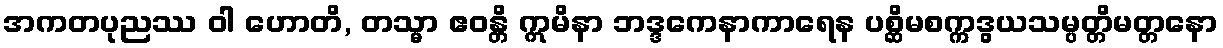
အကတပုညဿ ဝါ ဟောတိ, တသ္မာ ဧဝန္တိ ဣမိနာ ဘဒ္ဒကေနာကာရေန ပစ္ဆိမစက္ကဒွယသမ္ပတ္တိမတ္တနော